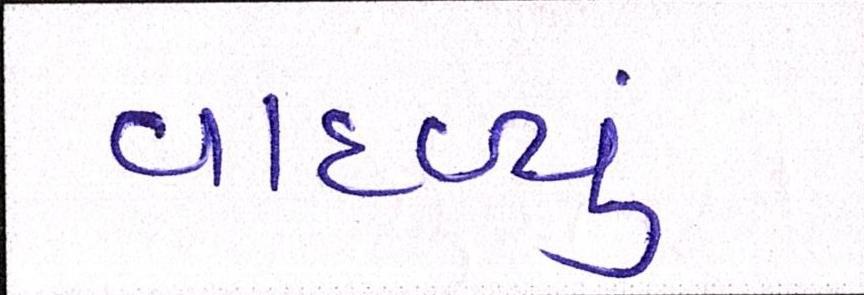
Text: વાદળ્યું